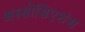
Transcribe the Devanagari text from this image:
अस्सोसिएशंस